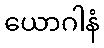
ယောဂါနံ